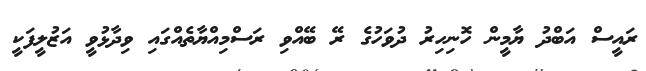
ރައީސް އަބްދު ޔާމީން ހޮނިހިރު ދުވަހުގެ ރޭ ބޭއްވި ރަސްމިއްޔާތެއްގައި ވިދާޅުވީ އަޒުލީފަކީ